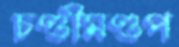
চণ্ডীমণ্ডপ